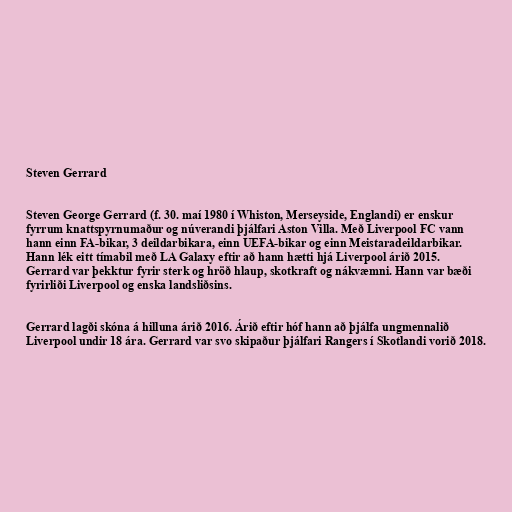
Steven Gerrard

Steven George Gerrard (f. 30. maí 1980 í Whiston, Merseyside, Englandi) er enskur
fyrrum knattspyrnumaður og núverandi þjálfari Aston Villa. Með Liverpool FC vann
hann einn FA-bikar, 3 deildarbikara, einn UEFA-bikar og einn Meistaradeildarbikar.
Hann lék eitt tímabil með LA Galaxy eftir að hann hætti hjá Liverpool árið 2015.
Gerrard var þekktur fyrir sterk og hröð hlaup, skotkraft og nákvæmni. Hann var bæði
fyrirliði Liverpool og enska landsliðsins.

Gerrard lagði skóna á hilluna árið 2016. Árið eftir hóf hann að þjálfa ungmennalið
Liverpool undir 18 ára. Gerrard var svo skipaður þjálfari Rangers í Skotlandi vorið 2018.